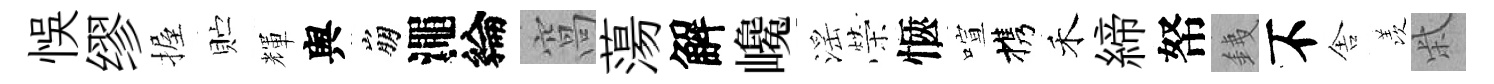
悞缪握贮輝舆崩澠綸窩蕩解巉滛榮愜喧携禾締帑銕不舎羡柴